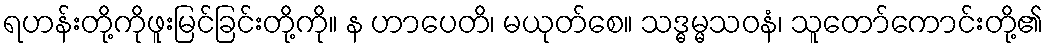
ရဟန်းတို့ကိုဖူးမြင်ခြင်းတို့ကို။ န ဟာပေတိ၊ မယုတ်စေ။ သဒ္ဓမ္မသဝနံ၊ သူတော်ကောင်းတို့၏